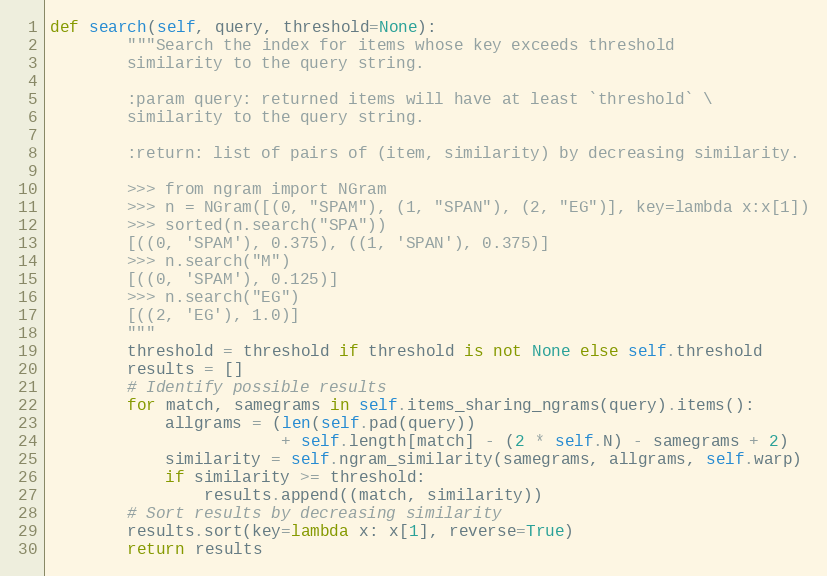
Language: Python
def search(self, query, threshold=None):
        """Search the index for items whose key exceeds threshold
        similarity to the query string.

        :param query: returned items will have at least `threshold` \
        similarity to the query string.

        :return: list of pairs of (item, similarity) by decreasing similarity.

        >>> from ngram import NGram
        >>> n = NGram([(0, "SPAM"), (1, "SPAN"), (2, "EG")], key=lambda x:x[1])
        >>> sorted(n.search("SPA"))
        [((0, 'SPAM'), 0.375), ((1, 'SPAN'), 0.375)]
        >>> n.search("M")
        [((0, 'SPAM'), 0.125)]
        >>> n.search("EG")
        [((2, 'EG'), 1.0)]
        """
        threshold = threshold if threshold is not None else self.threshold
        results = []
        # Identify possible results
        for match, samegrams in self.items_sharing_ngrams(query).items():
            allgrams = (len(self.pad(query))
                        + self.length[match] - (2 * self.N) - samegrams + 2)
            similarity = self.ngram_similarity(samegrams, allgrams, self.warp)
            if similarity >= threshold:
                results.append((match, similarity))
        # Sort results by decreasing similarity
        results.sort(key=lambda x: x[1], reverse=True)
        return results